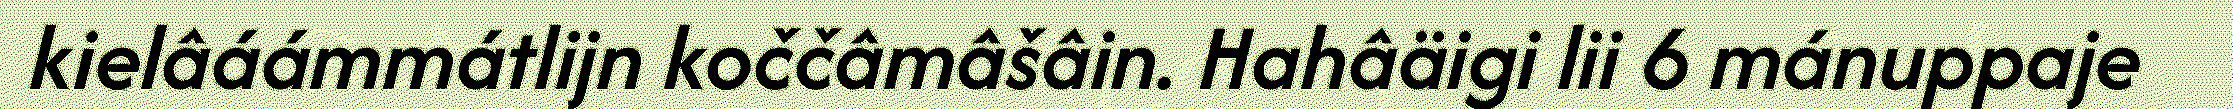
kielâáámmátlijn koččâmâšâin. Hahâäigi lii 6 mánuppaje